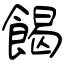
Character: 餲